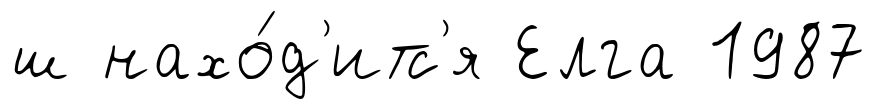
ш нахо́д'итс'я Елга 1987